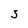
Character: S